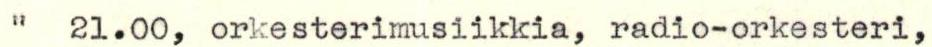
"  21.00, orkesterimusiikkia, radio-orkesteri,